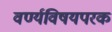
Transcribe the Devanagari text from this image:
वर्ण्यविषयपरक